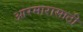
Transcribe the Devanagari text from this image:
आरमारासाठी